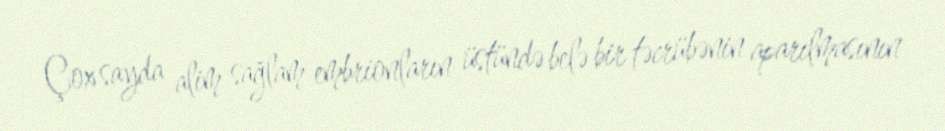
Çox sayda alim sağlam embrionların üstündə belə bir təcrübənin aparılmasının